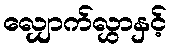
လျှောက်လွှာနှင့်